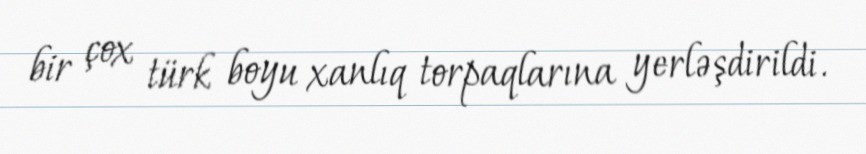
bir çox türk boyu xanlıq torpaqlarına yerləşdirildi.